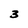
Character: 3